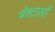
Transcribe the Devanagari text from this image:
चेश्टाओं